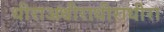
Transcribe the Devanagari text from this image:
धीराअधीराधीराधीरा